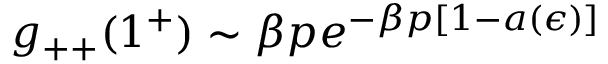
g _ { + + } ( 1 ^ { + } ) \sim \beta p e ^ { - \beta p [ 1 - a ( \epsilon ) ] }